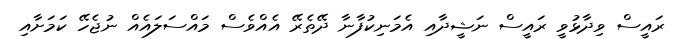
ރައީސް ވިދާޅުވީ ރައީސް ނަޝީދާއި އެމަނިކުފާނާ ދޭތެރޭ އެއްވެސް މައްސަލައެއް ނުޖެހޭ ކަމަށާއި